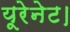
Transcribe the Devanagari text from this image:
यूरेनेट।